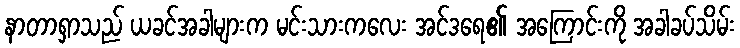
နာတာရှာသည် ယခင်အခါများက မင်းသားကလေး အင်ဒရေ၏ အကြောင်းကို အခါခပ်သိမ်း